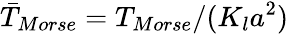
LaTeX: \bar{T}_{Morse}=T_{Morse}/(K_{l}a^{2})